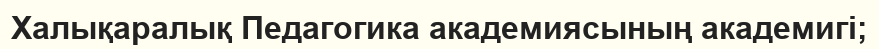
Халықаралық Педагогика академиясының академигі;